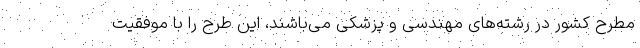
مطرح کشور در رشته­های مهندسی و پزشکی می­باشند، این طرح را با موفقیت